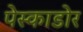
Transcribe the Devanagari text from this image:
पेस्काडोर